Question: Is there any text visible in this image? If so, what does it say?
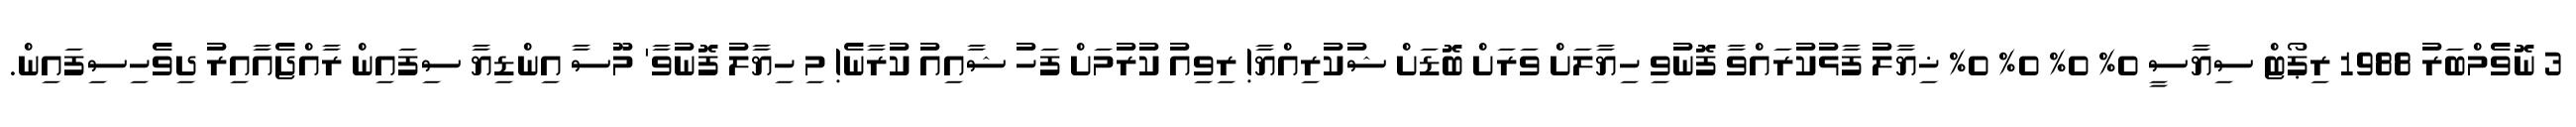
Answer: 3 ނޮވެމްބަރު 1988 ރިޕޯޓް ސިޔާސީ 0% 0% 0% 0% ޚިޔާލު ފާޅުކުރައްވާ ފޮނުވި ހިޔާލަށް ވަރަށް ބޮޑަށް ޝުކުރިއްޔާ! ރިވިއު ކުރުމަށް ފަހު ޝާއިއު ކުރާނެ! މި ހިޔާލު ފޮނުވާ' މޫސާ އިންޑިޔާ ސިފައިން ރާއްޖެއާއިރު ދިވެހިސިފައިން.